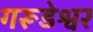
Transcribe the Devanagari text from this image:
गरूडेश्वर